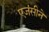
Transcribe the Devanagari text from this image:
एजंसीने